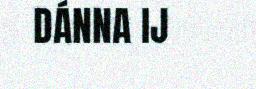
DÁNNA IJ